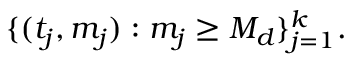
\{ ( t _ { j } , m _ { j } ) : m _ { j } \geq M _ { d } \} _ { j = 1 } ^ { k } .